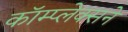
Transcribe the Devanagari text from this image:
कॉम्प्लेक्सने